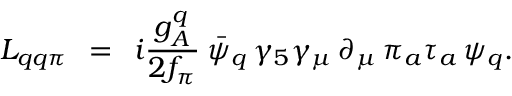
{ \cal L } _ { q q \pi } \: \: = \: \: i { \frac { g _ { A } ^ { q } } { 2 f _ { \pi } } } \: \bar { \psi } _ { q } \, \gamma _ { 5 } \gamma _ { \mu } \, \partial _ { \mu } \, \pi _ { a } \tau _ { a } \, \psi _ { q } .